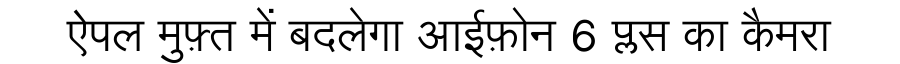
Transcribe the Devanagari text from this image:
ऐपल मुफ़्त में बदलेगा आईफ़ोन 6 प्लस का कैमरा